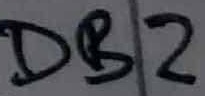
Text: DB2